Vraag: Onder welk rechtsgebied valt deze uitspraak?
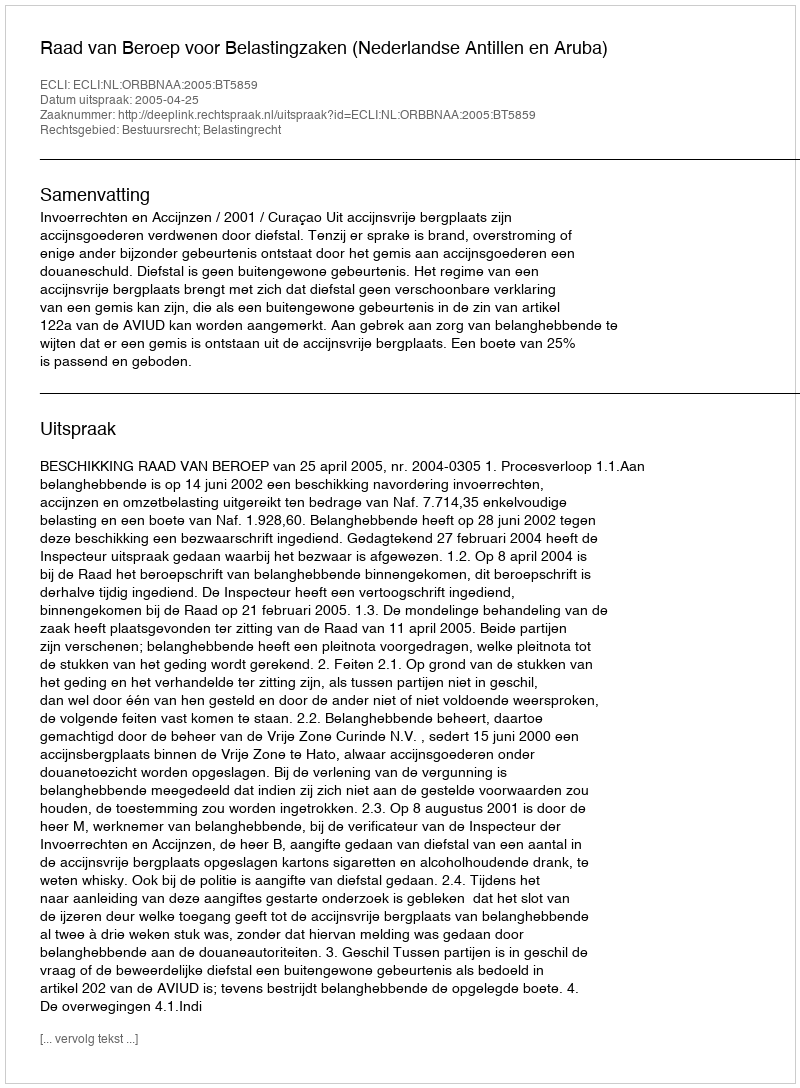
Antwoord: Bestuursrecht; Belastingrecht